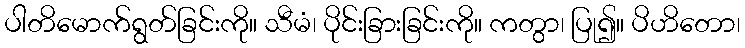
ပါတိမောက်ရွတ်ခြင်းကို။ သီမံ၊ ပိုင်းခြားခြင်းကို။ ကတွာ၊ ပြု၍။ ပိဟိတော၊